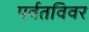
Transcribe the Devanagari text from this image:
पर्वतविवर